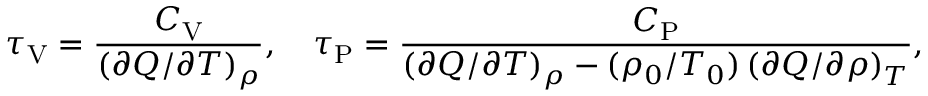
\tau _ { \mathrm { V } } = \frac { C _ { \mathrm { V } } } { \left( \partial Q / \partial T \right) _ { \rho } } , \quad \tau _ { \mathrm { P } } = \frac { C _ { \mathrm { P } } } { \left( \partial Q / \partial T \right) _ { \rho } - ( \rho _ { 0 } / T _ { 0 } ) \left( \partial Q / \partial \rho \right) _ { T } } ,